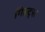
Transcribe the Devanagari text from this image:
गिल्ट्स